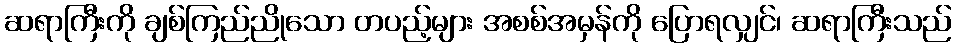
ဆရာကြီးကို ချစ်ကြည်ညိုသော တပည့်များ အစစ်အမှန်ကို ပြောရလျှင်၊ ဆရာကြီးသည်